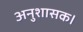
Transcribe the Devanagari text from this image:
अनुशासक।